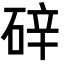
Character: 𪿢